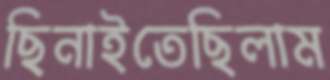
ছিনাইতেছিলাম